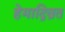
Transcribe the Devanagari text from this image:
हेमाद्रिव्रत